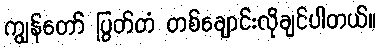
ကျွန်တော် ပြွတ်တံ တစ်ချောင်းလိုချင်ပါတယ်။